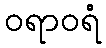
ဝရာဝရံ